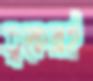
ত্বকেরই